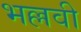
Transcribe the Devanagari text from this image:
भल्लवी